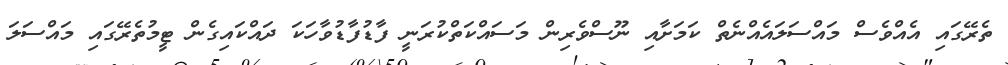
ތެރޭގައި އެއްވެސް މައްސަލައެއްނެތް ކަމަށާއި ނޫސްވެރިން މަސައްކަތްކުރަނީ ފާޑުފާޑުވާހަކަ ދައްކައިގެން ޓީމުތެރޭގައި މައްސަލަ